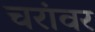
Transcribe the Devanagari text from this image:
चरांवर